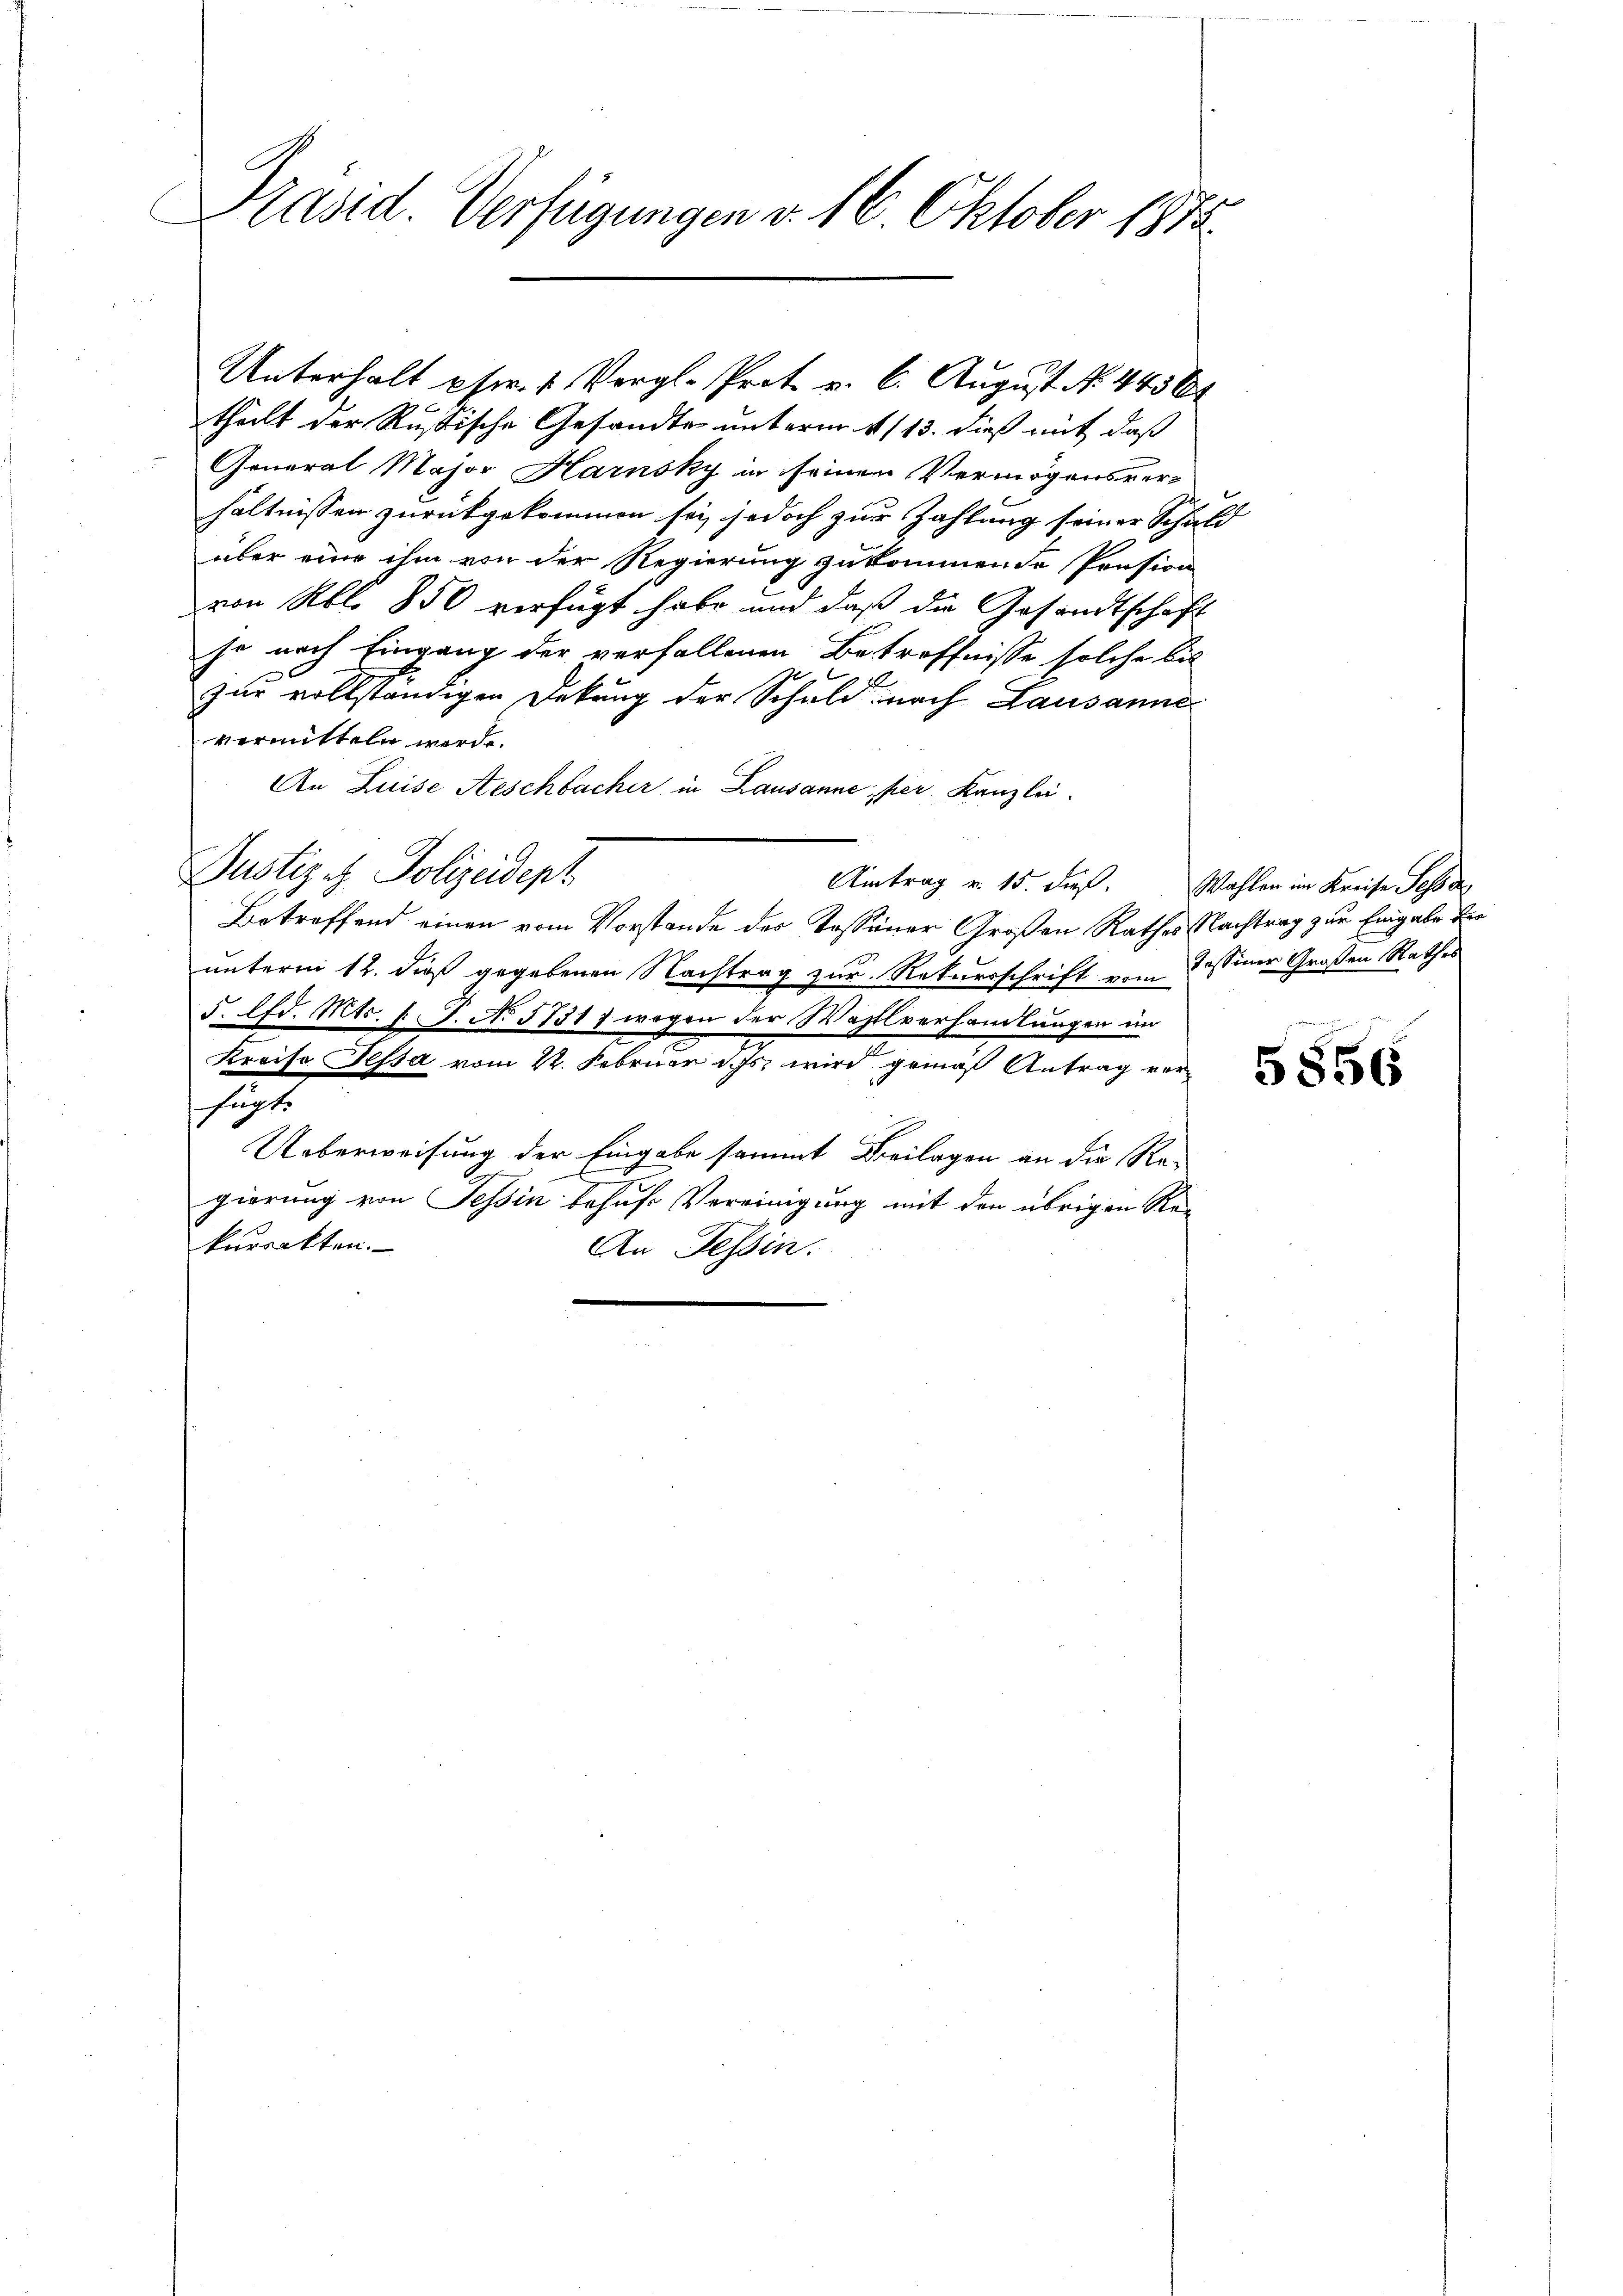
Präsid. Verfügungen d. 16. Oktober 1873.

theilt der Rußische Gesandte unterm 1113. dieß mit daß
General Major Harnsky in seinen Vermögensver-
hältnissen zurückgekommen sei, jedoch zur Zahlung seiner Schuld
über eine ihm von der Regierung zukommende Persion
von Rbl. 850 verfügt habe und daß die Gesandtschaft
je nach Eingang der verfallenen Betreffnisse solche bis
zur vollständigen Deckung der Schuld, nach Lausanne
vermitteln werde.
An Luise Aeschbacher in Lausanne per Kanzlei.
Justiz et Polizeidept
Aitrag v. 15. dieß.
Betreffend einen vom Vorstande des Tassener Großen Rathes Nachtrag zur Eingabe der
unterm 12. dieß gegebenen Nachtrag zur Rekursschrift vom Tessiner Großen Rathes
5. lfd. Mts. v. J. No 5731) wegen der Wahllverhandlungen im
Kreise Tessa vom 22. Februar ds wird gemäß Antrag ver
fügt
Ueberweisung der Eingabe sammt Beilagen an die Re-
gierung von Tessin behufs Vereinigung mit den übrigen Re-
kurrakten.
An Tessin.

Unterhalt pr. 1. Vergl. Prot. v. 6. August No. 4436

Wahlen im Kreise Sesser,